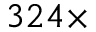
3 2 4 \times